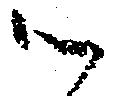
御